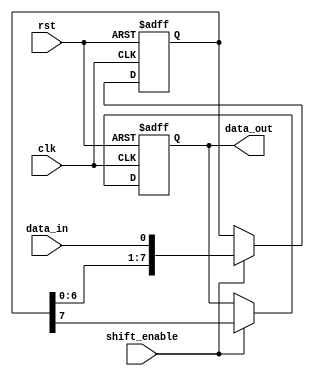
module PISO_shift_register (
  input wire clk,
  input wire rst,
  input wire data_in,
  input wire shift_enable,
  output reg data_out
);

reg [7:0] register;

always @(posedge clk or posedge rst) begin
  if (rst) begin
    register <= 8'b00000000;
    data_out <= 1'b0;
  end else begin
    if (shift_enable) begin
      register <= {register[6:0], data_in};
      data_out <= register[7];
    end
  end
end

endmodule